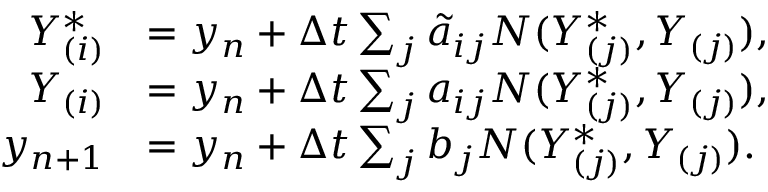
\begin{array} { r l } { Y _ { ( i ) } ^ { * } } & { = y _ { n } + \Delta t \sum _ { j } \tilde { a } _ { i j } N ( Y _ { ( j ) } ^ { * } , Y _ { ( j ) } ) , } \\ { Y _ { ( i ) } } & { = y _ { n } + \Delta t \sum _ { j } { a _ { i j } } N ( Y _ { ( j ) } ^ { * } , Y _ { ( j ) } ) , } \\ { y _ { n + 1 } } & { = y _ { n } + \Delta t \sum _ { j } { b _ { j } } N ( Y _ { ( j ) } ^ { * } , Y _ { ( j ) } ) . } \end{array}